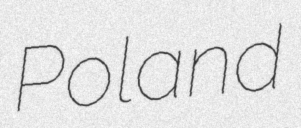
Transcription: Poland